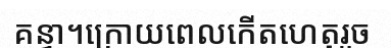
គន្ធា។ក្រោយពេលកើតហេតុរួច